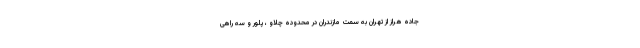
جاده هراز از تهران به سمت مازندران در محدوده چلاو ، پلور و سه راهی